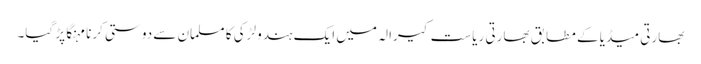
بھارتی میڈیا کے مطابق بھارتی ریاست کیرالہ میں ایک ہندو لڑکی کا مسلمان سے دوستی کرنا مہنگا پڑ گیا۔